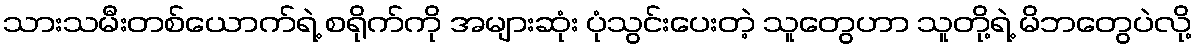
သားသမီးတစ်ယောက်ရဲ့ စရိုက်ကို အများဆုံး ပုံသွင်းပေးတဲ့ သူတွေဟာ သူတို့ရဲ့ မိဘတွေပဲလို့